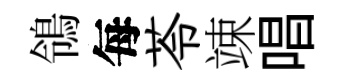
鴒每苓竦唱